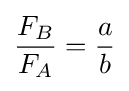
{\frac {F_{B}}{F_{A}}}={\frac {a}{b}}